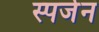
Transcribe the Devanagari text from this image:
स्पर्जन